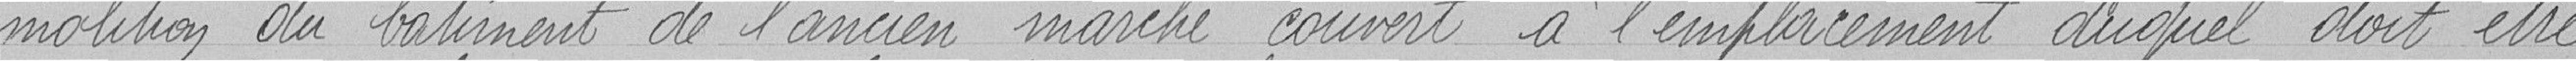
molition du bâtiment de l'ancien marché couvert à l'emplacement duquel doit être